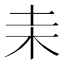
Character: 𣏅